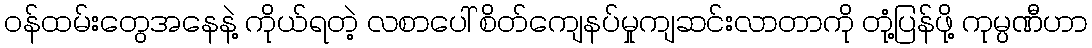
ဝန်ထမ်းတွေအနေနဲ့ ကိုယ်ရတဲ့ လစာပေါ် စိတ်ကျေနပ်မှုကျဆင်းလာတာကို တုံ့ပြန်ဖို့ ကုမ္ပဏီဟာ